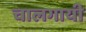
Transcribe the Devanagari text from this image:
चालगायी